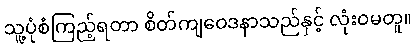
သူ့ပုံစံကြည့်ရတာ စိတ်ကျဝေဒနာသည်နှင့် လုံးဝမတူ။